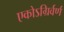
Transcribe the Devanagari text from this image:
एकोऽग्रिर्वर्ण